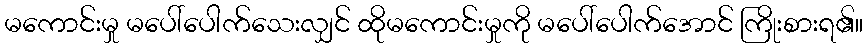
မကောင်းမှု မပေါ်ပေါက်သေးလျှင် ထိုမကောင်းမှုကို မပေါ်ပေါက်အောင် ကြိုးစားရ၏။